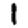
Digit: 1